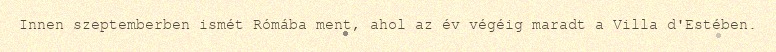
Innen szeptemberben ismét Rómába ment, ahol az év végéig maradt a Villa d'Estében.